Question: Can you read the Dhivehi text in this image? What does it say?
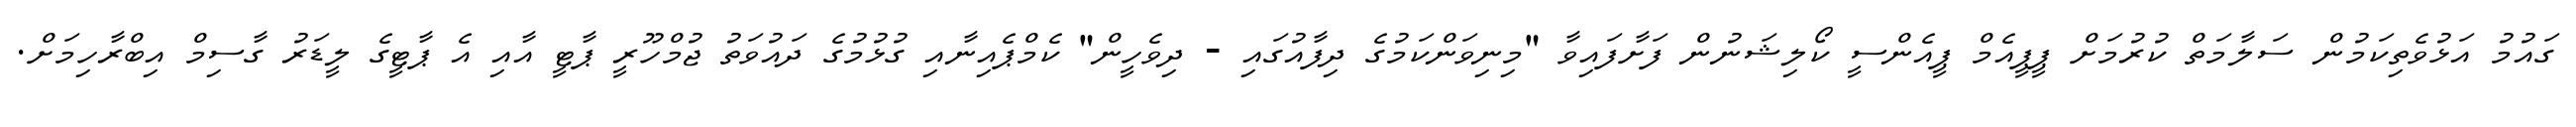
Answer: ގައުމު އަޅުވެތިކަމުން ސަލާމަތް ކުރުމަށް ޕީޕީއެމް ޕީއެންސީ ކޯލިޝަނުން ފަށާފައިވާ "މިނިވަންކަމުގެ ދިފާއުގައި - ދިވެހީން" ކެމްޕެއިނާއި ގުޅުމުގެ ދައުވަތު ޖުމްހޫރީ ޕާޓީ އާއި އެ ޕާޓީގެ ލީޑަރު ގާސިމް އިބްރާހިމަށް.